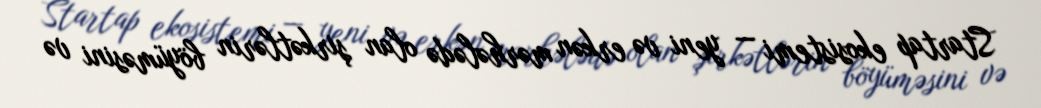
Startap ekosistemi — yeni və erkən mərhələdə olan şirkətlərin böyüməsini və